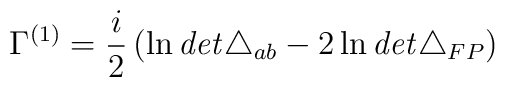
\Gamma^{(1)}  = \frac{i}{2} \left( \ln {\it det} \triangle_{ab} -2 \ln {\it det} \triangle_{FP} \right)